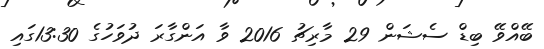
ބޭއްވޭ ބިޑް ސެޝަން 29 މާރިޗު 2016 ވާ އަންގާރަ ދުވަހުގެ 13:30ގައި